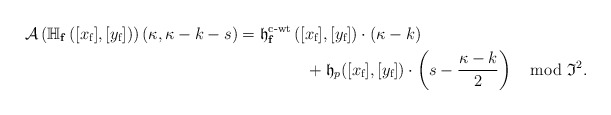
\begin{align*} \mathcal A\left(\mathbb{H}_{\mathbf{f}}\left([x_{\textup{f}}],[y_{\textup{f}}]\right)\right)(\kappa,\kappa-k-s)&=\mathfrak{h}_{\mathbf{f}}^{\textup{c-wt}}\left([x_{\textup{f}}],[y_{\textup{f}}]\right) \cdot (\kappa-k)\\ &\,\qquad\qquad+ \frak h_p([x_{\textup{f}}],[y_{\textup{f}}])\cdot \left (s-\frac{\kappa-k}{2}\right )\mod \frak{I}^2.\end{align*}